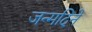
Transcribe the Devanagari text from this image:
जन्मदिने